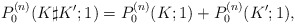
\begin{align*} P_0^{(n)}(K \sharp K';1) = P_0^{(n)}(K;1) + P_0^{(n)}(K';1), \end{align*}